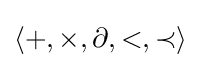
\left\langle +,\times ,\partial ,<,\prec \right\rangle